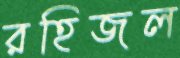
রহিজল